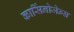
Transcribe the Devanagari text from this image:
कार्सिनोजेन्स